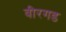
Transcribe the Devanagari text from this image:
वीरगड